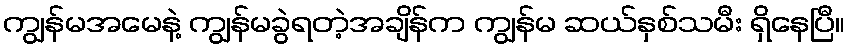
ကျွန်မအမေနဲ့ ကျွန်မခွဲရတဲ့အချိန်က ကျွန်မ ဆယ်နှစ်သမီး ရှိနေပြီ။